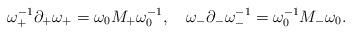
LaTeX: \begin{align*}\omega_+^{-1} \partial_+ \omega_+ =\omega_0 M_+\omega_0^{-1},\quad\omega_- \partial_- \omega_-^{-1} =\omega_0^{-1} M_-\omega_0.\end{align*}